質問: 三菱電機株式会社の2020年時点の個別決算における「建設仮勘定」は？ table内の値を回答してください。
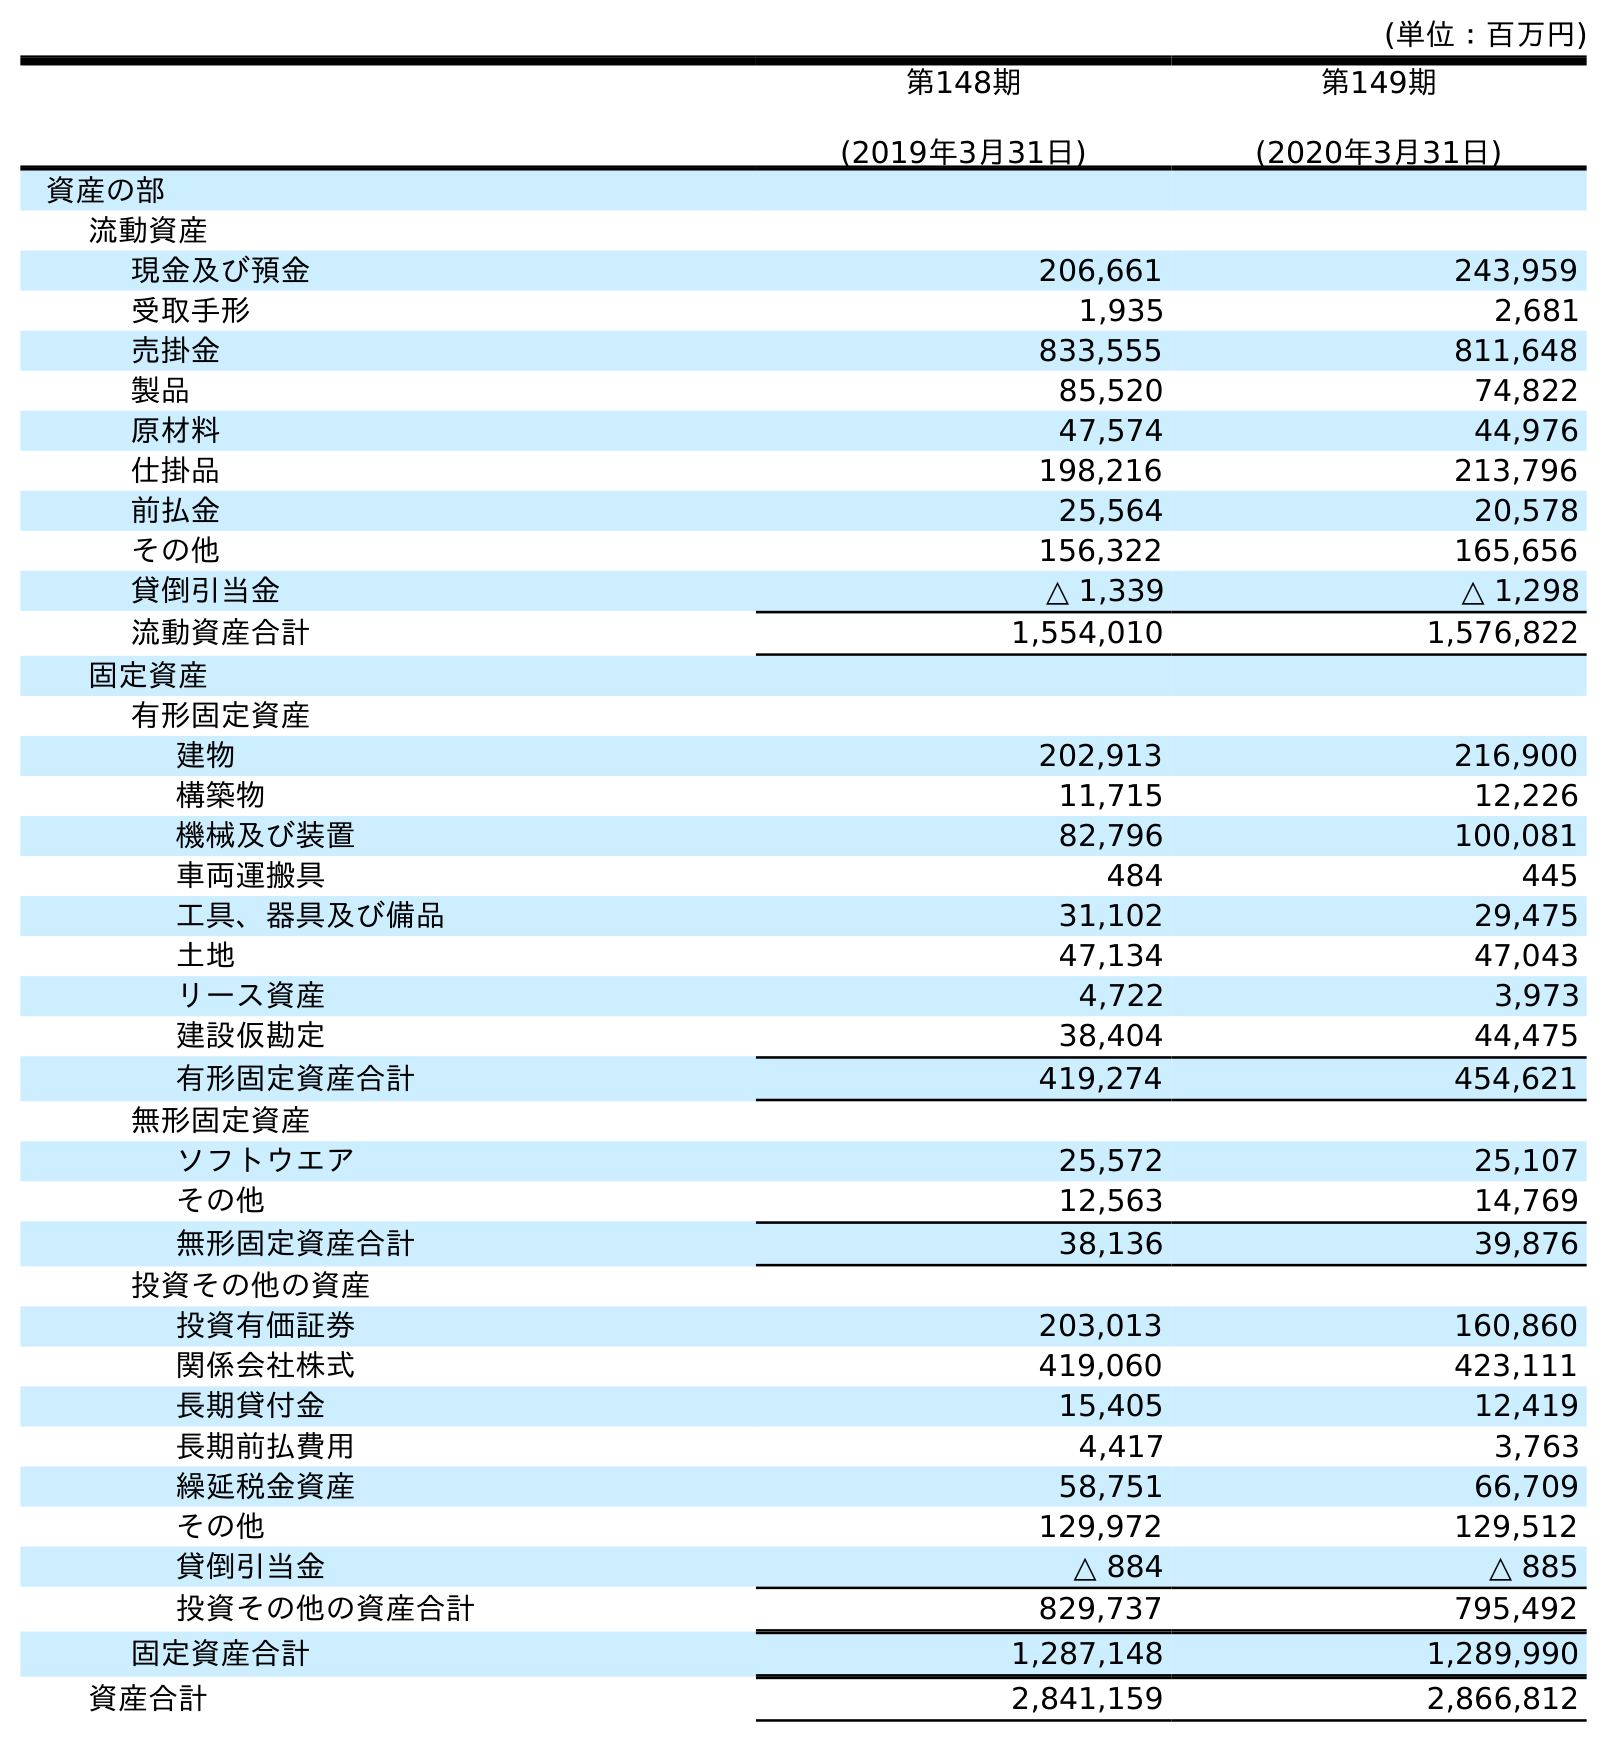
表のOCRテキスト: (単位：百万円) 第148期 (2019年3月31日) 第149期 (2020年3月31日) 資産の部 流動資産 現金及び預金 206,661 243,959 受取手形 1,935 2,681 売掛金 833,555 811,648 製品 85,520 74,822 原材料 47,574 44,976 仕掛品 198,216 213,796 前払金 25,564 20,578 その他 156,322 165,656 貸倒引当金 △ 1,339 △ 1,298 流動資産合計 1,554,010 1,576,822 固定資産 有形固定資産 建物 202,913 216,900 構築物 11,715 12,226 機械及び装置 82,796 100,081 車両運搬具 484 445 工具、器具及び備品 31,102 29,475 土地 47,134 47,043 リース資産 4,722 3,973 建設仮勘定 38,404 44,475 有形固定資産合計 419,274 454,621 無形固定資産 ソフトウエア 25,572 25,107 その他 12,563 14,769 無形固定資産合計 38,136 39,876 投資その他の資産 投資有価証券 203,013 160,860 関係会社株式 419,060 423,111 長期貸付金 15,405 12,419 長期前払費用 4,417 3,763 繰延税金資産 58,751 66,709 その他 129,972 129,512 貸倒引当金 △ 884 △ 885 投資その他の資産合計 829,737 795,492 固定資産合計 1,287,148 1,289,990 資産合計 2,841,159 2,866,812
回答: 44,475